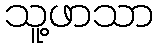
သူ့ဖာသာ